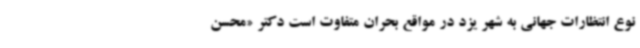
نوع انتظارات جهانی به شهر یزد در مواقع بحران متفاوت است دکتر «محسن